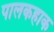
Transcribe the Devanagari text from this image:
पालकहाक